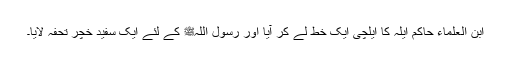
ابن العلماء حاکم اَیلہ کا ایلچی ایک خط لے کر آیا اور رسول اللہﷺ کے لئے ایک سفید خچر تحفہ لایا۔